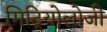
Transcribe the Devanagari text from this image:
मिट्रियोलोजी